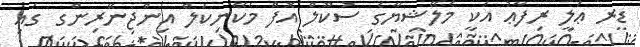
ޑރ ޢަލީ ރިފާޢު އަކީ މެލޭޝިޔާގެ ސުކޫލް އޮފް މެކޭނިކަލް އިންޖިނޭރިންގ ގައި